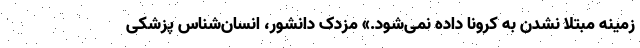
زمینه مبتلا نشدن به کرونا داده نمی‌شود.» مزدک دانشور، انسان‌شناس پزشکی